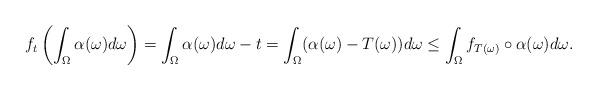
LaTeX: \begin{align*} f_t \left( \int_{\Omega}^{} \alpha (\omega) d \omega \right) = \int_{\Omega}^{} \alpha (\omega) d \omega - t = \int_{\Omega}^{} ( \alpha (\omega) - T ( \omega ) ) d \omega \leq \int_{\Omega}^{} f_{T (\omega)} \circ \alpha (\omega) d \omega. \end{align*}